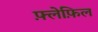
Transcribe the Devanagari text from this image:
फ़्लेफ़िल